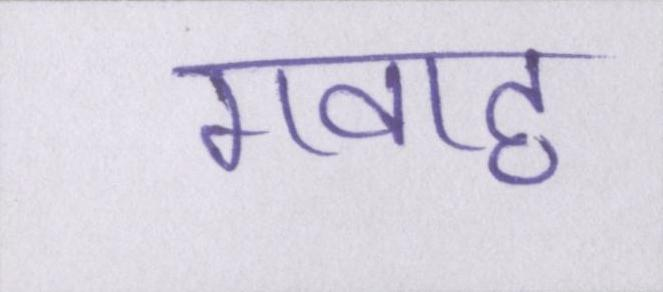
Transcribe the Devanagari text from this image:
गवाह